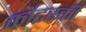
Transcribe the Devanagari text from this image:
कौटस्की